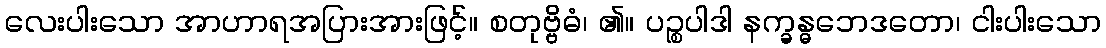
လေးပါးသော အာဟာရအပြားအားဖြင့်။ စတုဗ္ဗိဓံ၊ ၏။ ပဉ္စပါဒါ နက္ခန္ဓဘေဒတော၊ ငါးပါးသော